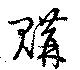
購